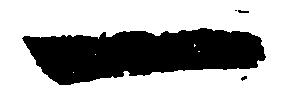
一